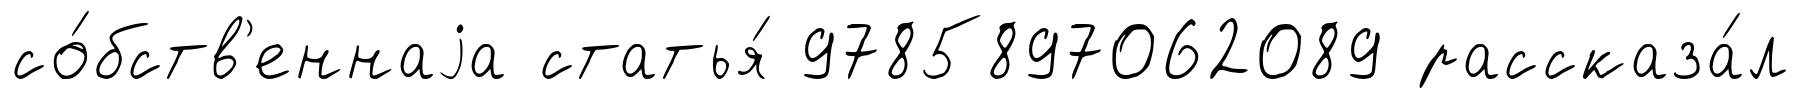
со́бств'еннаjа статья́ 9785897062089 рассказа́л